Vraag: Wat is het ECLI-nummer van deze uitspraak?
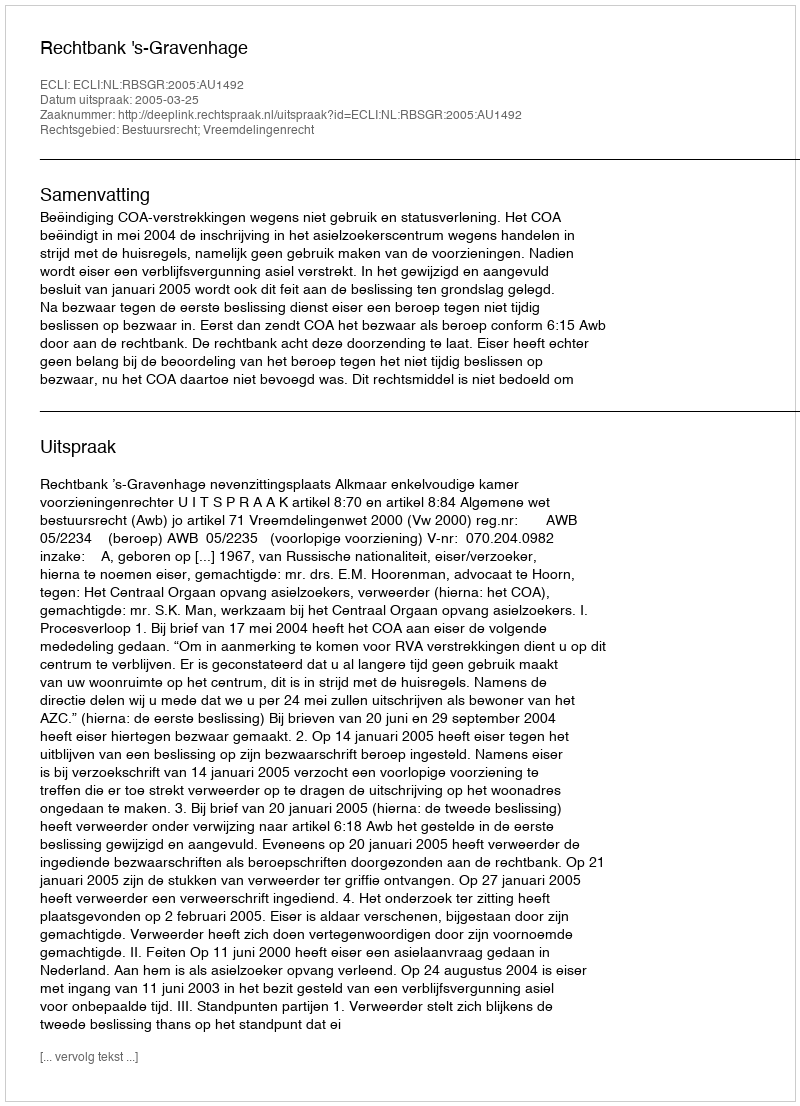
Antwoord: ECLI:NL:RBSGR:2005:AU1492